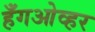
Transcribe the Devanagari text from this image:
हँगओव्हर